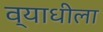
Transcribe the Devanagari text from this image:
व्याधीला